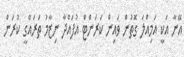
އޭނާ އަކީ އަމިއްލަ ގޮތުން ވައިން ކަރަންޓް އުފައްދާ ނިޒާމު ތަރައްގީ ކުރަން